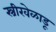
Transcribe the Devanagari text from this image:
स्त्रीखेळाडू